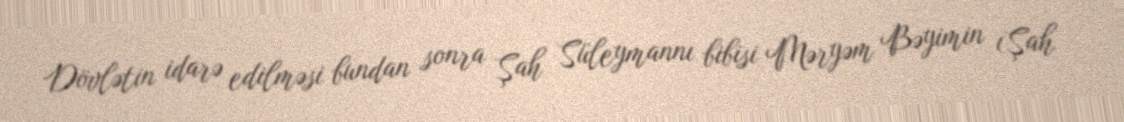
Dövlətin idarə edilməsi bundan sonra Şah Süleymannı bibisi Məryəm Bəyimin (Şah